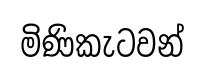
මිණිකැටවන්